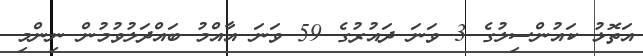
އަތޮޅު ކައުންސިލުގެ 3 ވަނަ ދައުރުގެ 59 ވަނަ އާއްމު ބައްދަލުވުމުން ނިންމި